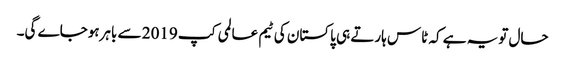
حال تویہ ہے کہ ٹاس ہارتے ہی پاکستان کی ٹیم عالمی کپ 2019 سے باہرہوجاے گی۔